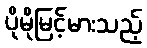
ပိုမိုမြင့်မားသည့်